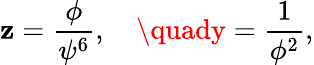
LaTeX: \mathbf{z}=\frac{{\phi}}{{\psi^{6}}},\quad\quady=\frac{1}{{\phi^{2}}},